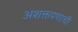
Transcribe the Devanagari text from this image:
अशक्तपणाची